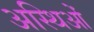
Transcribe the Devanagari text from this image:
अस्थिओं